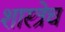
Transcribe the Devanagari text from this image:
शास्त्रेच